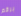
برقم